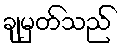
ချမှတ်သည်